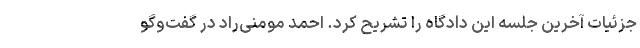
جزئیات آخرین جلسه این دادگاه را تشریح کرد. احمد مومنی‌راد در گفت‌‌و‌گو